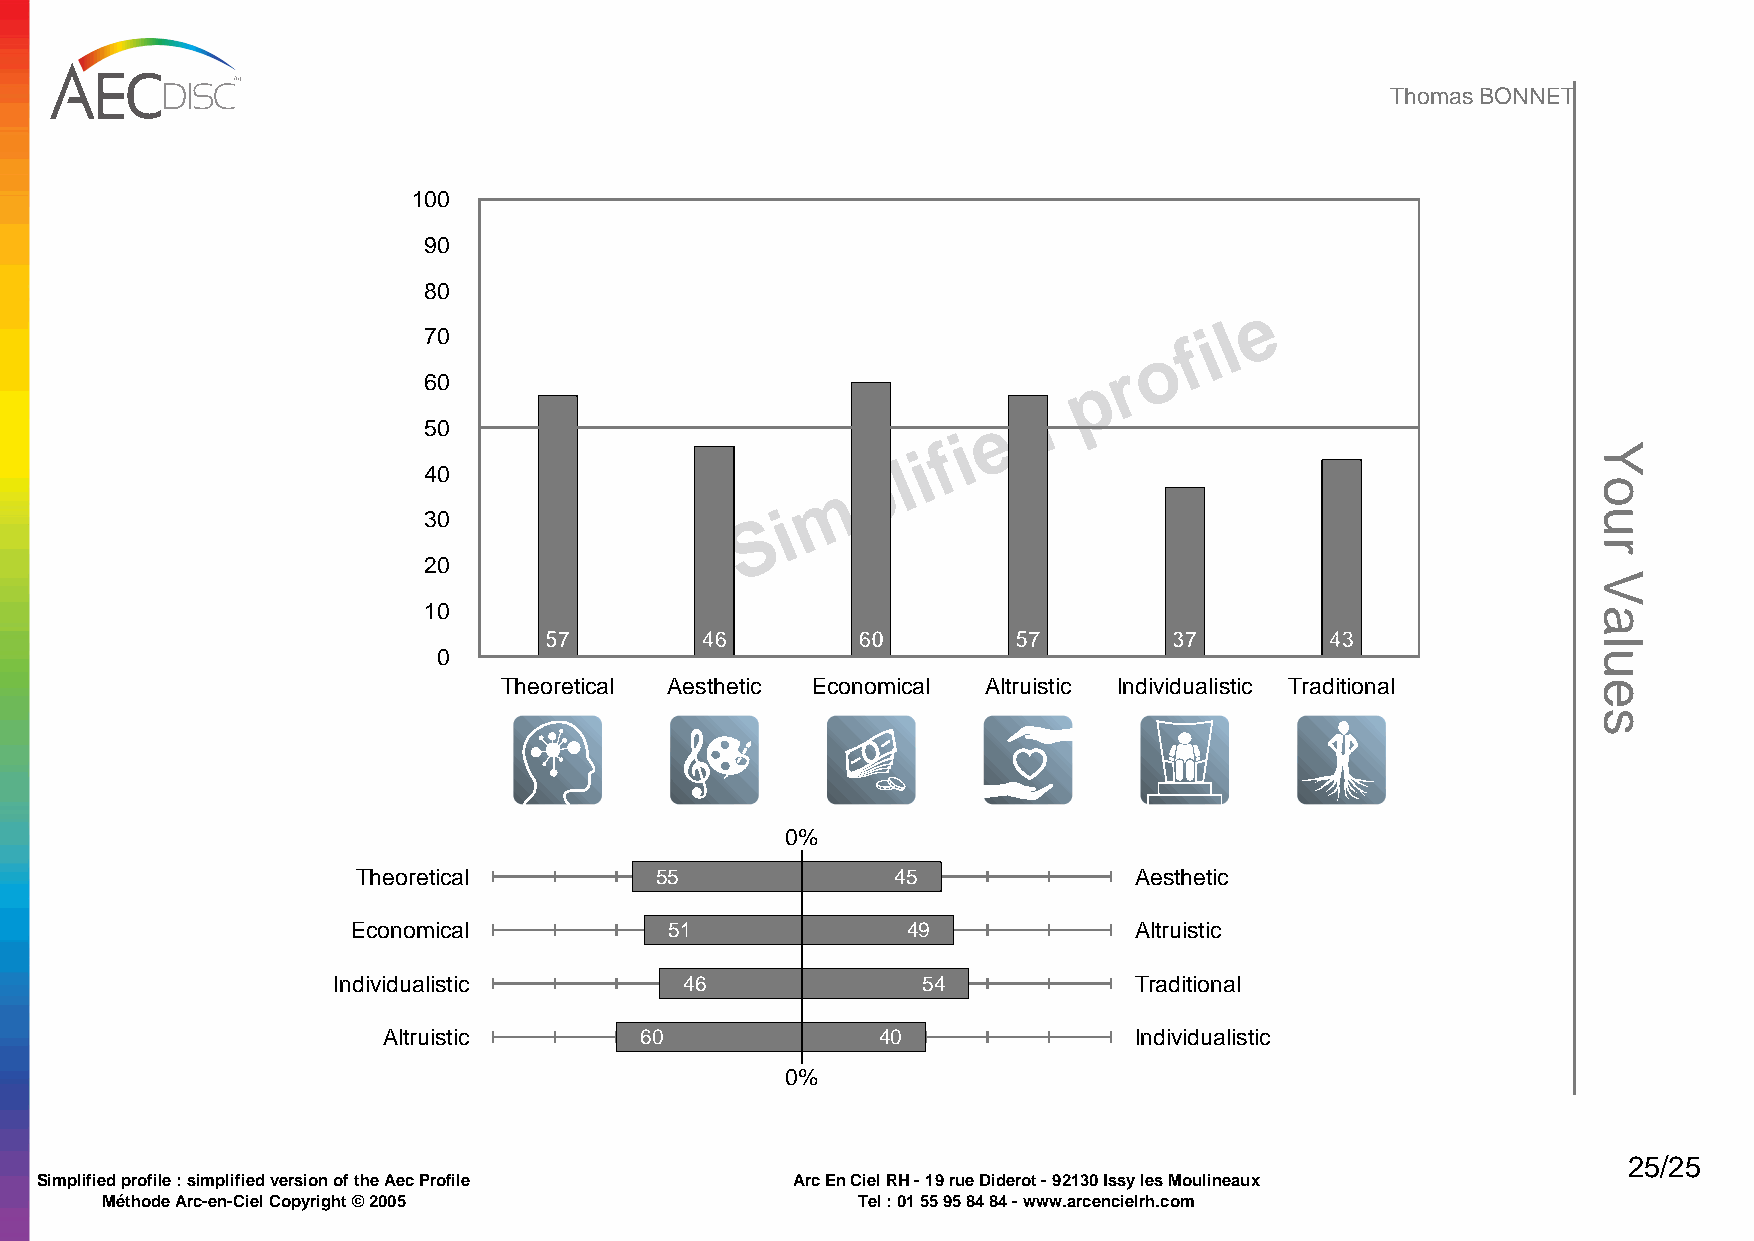
Thomas BONNET
 100
 90
 80
 e
 l
 70                                                 f i
 o
 r
 60                                          p
 d
 e
 50
 i
 f i
 l
 40                           p
 m
 i
 30                   S
 20
 10
 57        46         60        57         37        43
 0
 Theoretical Aesthetic Economical Altruistic Individualistic Traditional
 0%
 Theoretical        55              45              Aesthetic
 Economical           51              49             Altruistic
 Individualistic        46              54            Traditional
 Altruistic       60              40               Individualistic
 0%
 25/25
 Simplified profile : simplified version of the Aec Profile Arc En Ciel RH - 19 rue Diderot - 92130 Issy les Moulineaux
 Méthode Arc-en-Ciel Copyright © 2005              Tel : 01 55 95 84 84 - www.arcencielrh.com
 Powered by TCPDF (www.tcpdf.org)
 Your
 Values